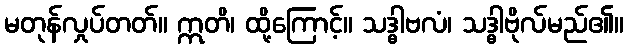
မတုန်လှုပ်တတ်။ ဣတိ၊ ထို့ကြောင့်။ သဒ္ဓါဗလံ၊ သဒ္ဓါဗိုလ်မည်၏။